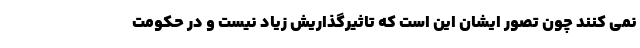
نمی کنند چون تصور ایشان این است که تاثیرگذاریش زیاد نیست و در حکومت